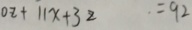
0 z + 1 1 x + 3 z . = 9 2